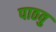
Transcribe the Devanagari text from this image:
पाठवु